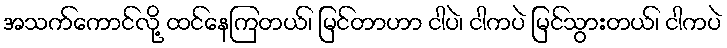
အသက်ကောင်လို့ ထင်နေကြတယ်၊ မြင်တာဟာ ငါပဲ၊ ငါကပဲ မြင်သွားတယ်၊ ငါကပဲ